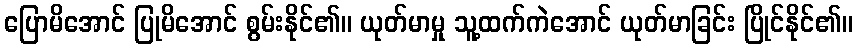
ပြောမိအောင် ပြုမိအောင် စွမ်းနိုင်၏။ ယုတ်မာမှု သူ့ထက်ကဲအောင် ယုတ်မာခြင်း ပြိုင်နိုင်၏။